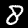
Label: 8